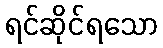
ရင်ဆိုင်ရသော